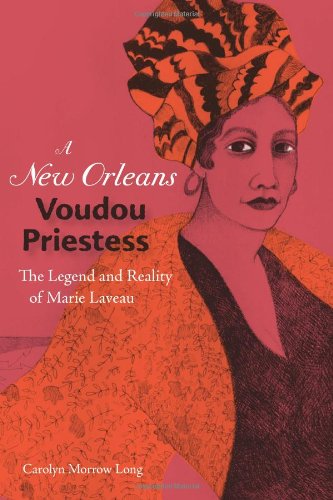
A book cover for A New Orleans Voudou Priestess: The Legend and Reality of Marie Laveau; Carolyn Morrow Long; Biographies & Memoirs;